Vaccine operations Central Provinces 1868-1885 - 1868-1885
Year: 1868
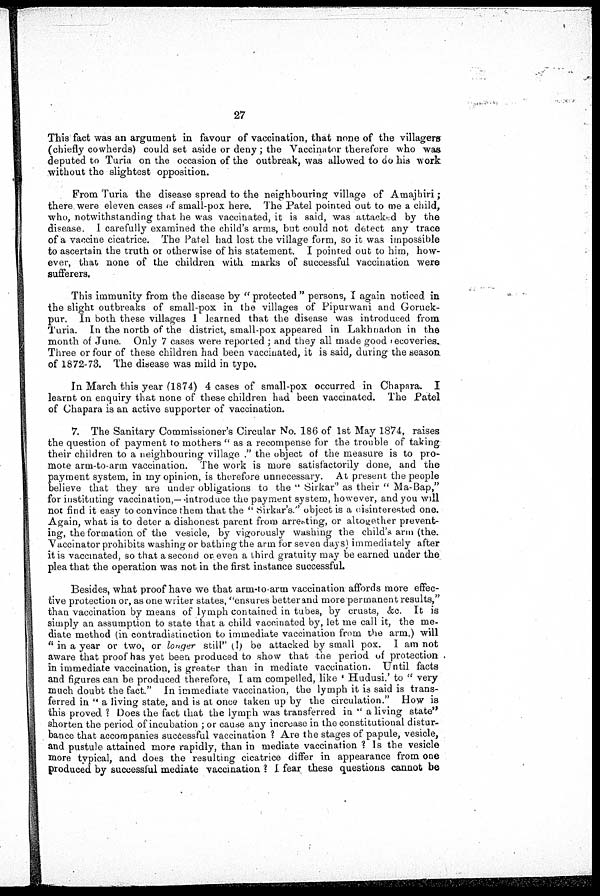
27
This fact was an argument in favour of vaccination, that none of the villagers
(chiefly cowherds) could set aside or deny ; the Vaccinator therefore who was
deputed to Turia on the occasion of the outbreak, was allowed to do his work
without the slightest opposition.
From Turia the disease spread to the neighbouring village of Amajbiri ;
there were eleven cases of small-pox here. The Patel pointed out to me a child,
who, notwithstanding that he was vaccinated, it is said, was attacked by the
disease. I carefully examined the child's arms, but could not detect any trace
of a vaccine cicatrice. The Patel had lost the village form, so it was impossible
to ascertain the truth or otherwise of his statement. I pointed out to him, how-
ever, that none of the children with marks of successful vaccination were
sufferers.
This immunity from the disease by " protected " persons, I again noticed in
the slight outbreaks of small-pox in the villages of Pipurwani and Goruck-
pur. In both these villages I learned that the disease was introduced from
Turia. In the north of the district, small-pox appeared in Lakhnadon in the
month of June. Only 7 cases were reported ; and they all made good recoveries.
Three or four of these children had been vaccinated, it is said, during the season
of 1872-73. The disease was mild in typo.
In March this year (1874) 4 cases of small-pox occurred in Chapara. I
learnt on enquiry that none of these children had been vaccinated. The Patel
of Chapara is an active supporter of vaccination.
7. The Sanitary Commissioner's Circular No. 186 of 1st May 1874, raises
the question of payment to mothers " as a recompense for the trouble of taking
their children to a neighbouring village ." the object of the measure is to pro-
mote arm-to-arm vaccination. The work is more satisfactorily done, and the
payment system, in my opinion, is therefore unnecessary. At present the people
believe that they are under obligations to the " Sirkar" as their " Ma-Bap,"
for instituting vaccination,—'introduce the payment system, however, and you will
not find it easy to convince them that the " Sirkar's." object is a disinterested one.
Again, what is to deter a dishonest parent from arresting, or altogether prevent-
ing, the formation of the vesicle, by vigorously washing the child's arm (the.
Vaccinator prohibits washing or bathing the arm for seven days) immediately after
it is vaccinated, so that a second or even a third gratuity may be earned under the
plea that the operation was not in the first instance successful.
Besides, what proof have we that arm-to-arm vaccination affords more effec-
tive protection or, as one writer states, "ensures better and more permanent results,"
than vaccination by means of lymph contained in tubes, by crusts, &c. It is
simply an assumption to state that a child vaccinated by, let me call it, the me-
diate method (in contradistinction to immediate vaccination from the arm.) will
" in a year or two, or longer still" (!) be attacked by small pox. I am not
aware that proof has yet been produced to show that the period of protection
in immediate vaccination, is greater than in mediate vaccination. Until facts
and figures can be produced therefore, I am compelled, like ' Hudusi.' to " very
much doubt the fact." In immediate vaccination, the lymph it is said is trans-
ferred in " a living state, and is at once taken up by the circulation." How is
this proved ? Does the fact that the lymph was transferred in " a living state"
shorten the period of incubation ; or cause any increase in the constitutional distur-
bance that accompanies successful vaccination ? Are the stages of papule, vesicle,
and pustule attained more rapidly, than in mediate vaccination ? Is the vesicle
more typical, and does the resulting cicatrice differ in appearance from one
produced by successful mediate vaccination ? I fear these questions cannot be